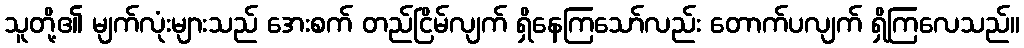
သူတို့၏ မျက်လုံးများသည် အေးစက် တည်ငြိမ်လျက် ရှိနေကြသော်လည်း တောက်ပလျက် ရှိကြလေသည်။